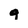
Character: q